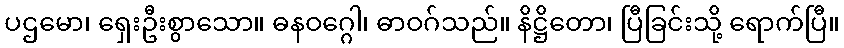
ပဌမော၊ ရှေးဦးစွာသော။ ဓနဝဂ္ဂေါ၊ ဓာဝဂ်သည်။ နိဋ္ဌိတော၊ ပြီခြင်းသို့ ရောက်ပြီ။